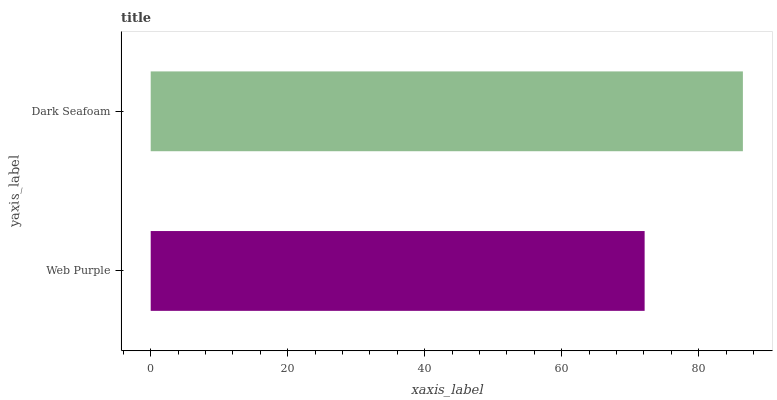
| yaxis_label | bars |
 | --- | --- |
 | Web Purple | 72.1 |
 | Dark Seafoam | 86.5 |